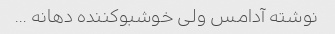
نوشته آدامس ولی خوشبوکننده دهانه …